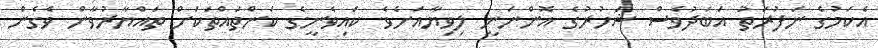
އެކަމުގެ ނަފުރަތު އަބަދުވެސް ޝަހުރުގެ އޮންނަނީ ލިވިޔާއަށެވެ. ކައިވެނީގެ ކަންތައްތަކަށް ތައްޔާރުވާން ވެގެން